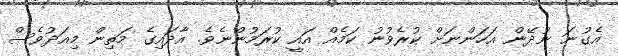
އެގުނަ ނުދޭން އަހަންނަށް ކުރެވުނު ކަމެއް އައީ ކުރަމުންނެވެ. އާދައިގެ މަތިން މިއަދުވެސް